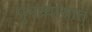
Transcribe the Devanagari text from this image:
पुनन्र्यासात्